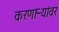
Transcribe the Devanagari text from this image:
करणाऱ्यांवर